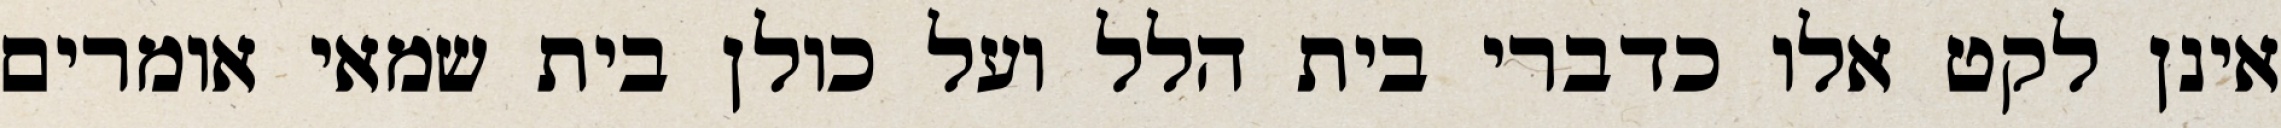
אינן לקט אלו כדברי בית הלל ועל כולן בית שמאי אומרים